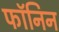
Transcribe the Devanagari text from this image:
फॉनिन